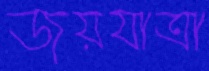
জয়যাত্রা